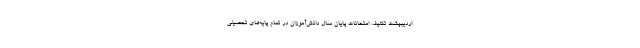
اردیبهشت تکلیف امتحانات پایان سال دانش‌آموزان در تمام پایه‌های تحصیلی